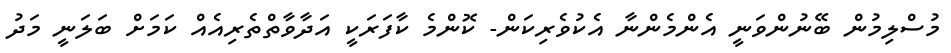
މުސްލިމުން ބޭނުންވަނީ އެންމެންނާ އެކުވެރިކަން- ކޮންމެ ކާފަރަކީ އަދާވާތްތެރިއެއް ކަމަށް ބަލަނީ މަދު